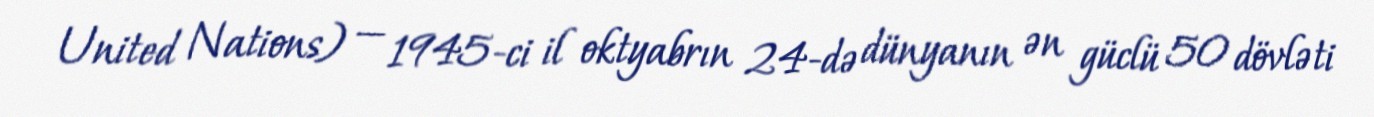
United Nations) — 1945-ci il oktyabrın 24-də dünyanın ən güclü 50 dövləti